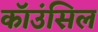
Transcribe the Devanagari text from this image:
कॉउंसिल